Annual administration report of the Civil Veterinary Department of India - 1898-1899
Year: 1898
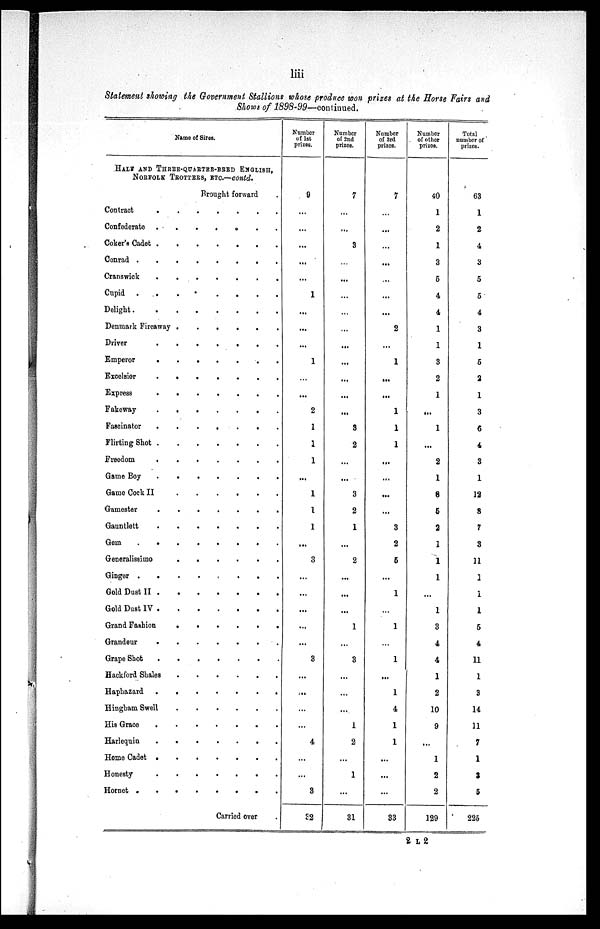
liii
Statement showing the Government Stallions whose produce won prizes at the Horse Fairs and
Shows of 1898-99—continued.
Name of Sires.
HALF AND THREE-QUSRTER-BRED ENGLISH,
NORFOLK TROTTERS, ETC.—contd.
Brought forward .
Contract
.
.
.
.
.
.
.
Confederate
.
.
.
.
.
.
.
.
Coker's Cadet
.
.
.
.
.
.
.
.
Conrad
.
.
.
.
.
.
.
.
Cranswick
.
.
.
.
.
.
.
.
Cupid
.
.
.
.
.
.
.
.
.
Delight
.
.
.
.
.
.
.
Denmark Fireaway . . . . . . . .
Driver
.
.
.
.
.
.
.
.
Emperor
.
.
.
.
.
.
.
.
Excelsior
.
.
.
.
.
.
.
.
Express
.
.
.
.
.
.
.
Fakeway
.
.
.
.
.
.
.
.
Fascinator
.
.
.
.
.
.
.
.
Flirting Shot
.
.
.
.
.
.
.
Freedom
.
.
.
.
.
.
.
.
Game Boy
.
.
.
.
.
.
.
.
Game Cock II
.
.
.
.
.
.
.
Gamester
.
.
.
.
.
.
.
.
Gauntlett
.
.
.
.
.
.
.
.
Gem
.
.
.
.
.
.
.
.
Generalissimo . . . . . . . .
Ginger
.
.
.
.
.
.
.
.
.
Gold Dust II
.
.
.
.
.
.
.
.
Gold Dust IV
.
.
.
.
.
.
.
.
Grand Fashion
.
.
.
.
.
.
Grandeur
.
.
.
.
.
.
.
.
Grape Shot
.
.
.
.
.
.
.
Hackford Shales . . . . . . . .
Haphazard . . . . . . . .
Hingham Swell . . . . . . . .
His Grace
.
.
.
.
.
.
.
.
Harlequin
.
.
.
.
.
.
.
.
Home Cadet
.
.
.
.
.
.
.
.
Honesty
.
.
.
.
.
.
.
.
Hornet
.
.
.
.
.
.
.
Carried over .
Number
of 1st
prizes.
9
...
...
...
...
...
1
...
...
...
1
...
...
2
1
1
1
...
1
1
1
...
3
...
...
...
...
...
3
...
...
...
...
4
...
...
3
32
Number
of 2nd
prizes.
7
...
...
3
...
...
...
...
...
...
...
...
...
...
9
2
...
...
3
2
1
...
2
...
...
...
1
...
3
...
...
...
1
2
...
1
...
31
Number
of 3rd
prizes.
7
...
...
...
...
...
...
...
2
...
1
...
...
1
1
1
...
...
...
...
3
2
5
...
1
...
1
...
1
...
1
4
1
1
...
...
...
33
Number
of other
prizes.
40
1
2
1
3
5
4
4
1
1
3
2
1
...
1
...
2
1
8
5
2
1
1
1
...
1
3
4
4
1
2
10
9
...
1
2
2
129
Total
number of
prizes.
63
1
2
4
3
5
5
4
3
1
5
2
1
3
6
4
3
1
12
8
7
3
11
1
1
1
5
4
11
1
3
14
11
7
1
3
5
225
2 L 2